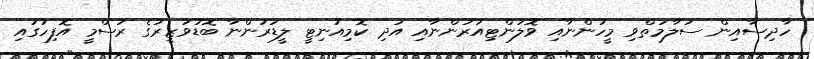
ހާދިސާއިން ސަލާމަތްވި މީހުންނާއި ވޮލަންޓިއަރުންނާއި އަދި ކޮމިއުނިޓީ ލީޑަރުންނާ ބޮޑުވަޒީރުގެ ރަސްމީ އޮފިހުގައި